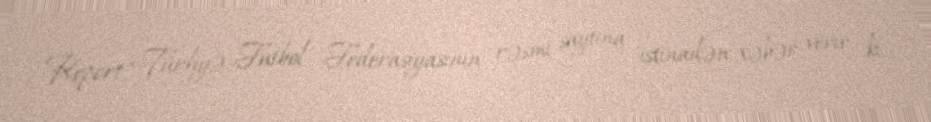
Report" Türkiyə Futbol Federasiyasının rəsmi saytına istinadən xəbər verir ki,